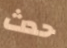
حدث